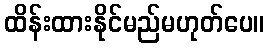
ထိန်းထားနိုင်မည်မဟုတ်ပေ။